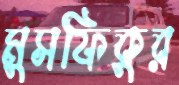
মুসফিকুর